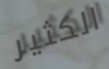
الكثير